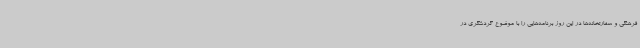
فرهنگی و سفارتخانه‌ها در این روز برنامه‌هایی را با موضوع گردشگری در